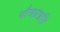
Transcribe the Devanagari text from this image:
पौत्रप्रभ्रति